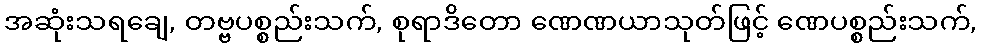
အဆုံးသရချေ, တဗ္ဗပစ္စည်းသက်, စုရာဒိတော ဏေဏယာသုတ်ဖြင့် ဏေပစ္စည်းသက်,